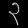
Digit: ၃